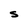
Character: S